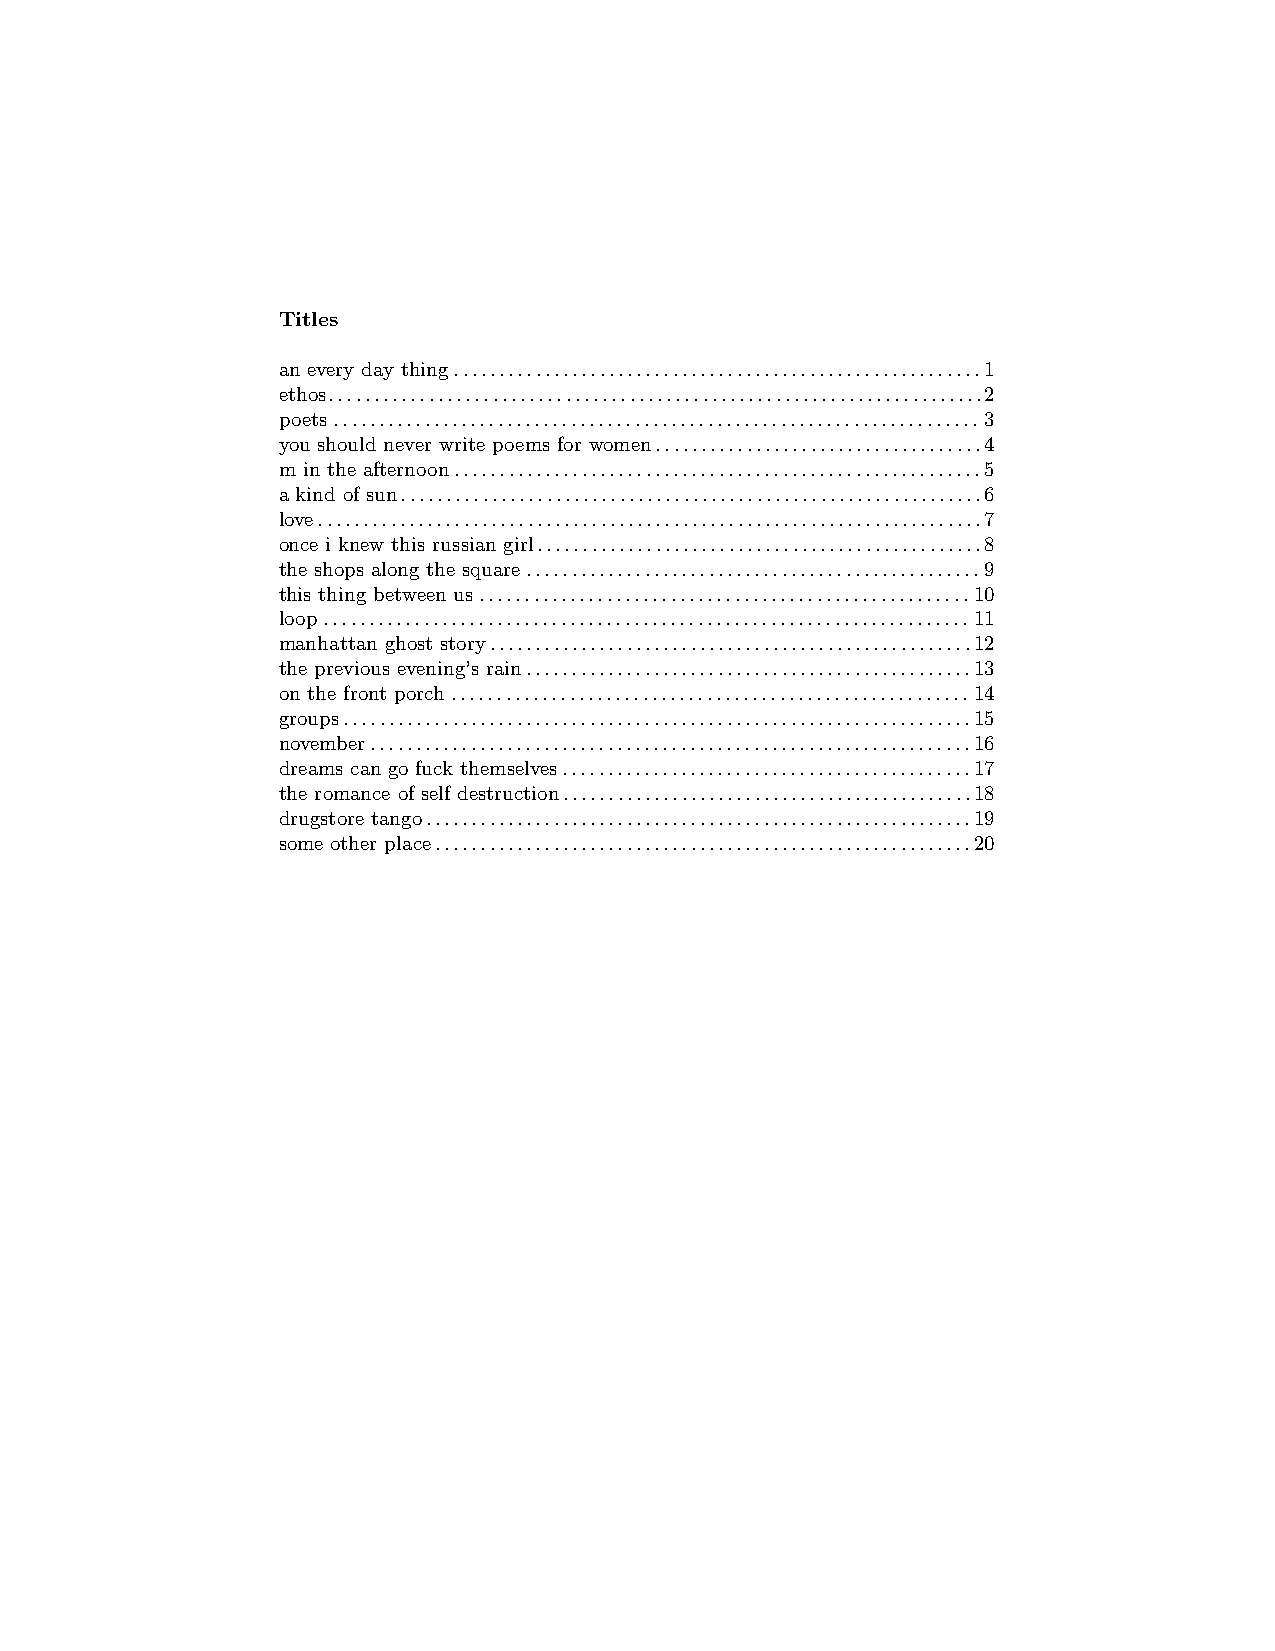
Titles
 an every day thing..........................................................1
 ethos........................................................................2
 poets.......................................................................3
 you should never write poems for women....................................4
 m in the afternoon..........................................................5
 a kind of sun................................................................6
 love.........................................................................7
 once i knew this russian girl.................................................8
 the shops along the square..................................................9
 this thing between us......................................................10
 loop.......................................................................11
 manhattan ghost story.....................................................12
 the previous evening’s rain.................................................13
 on the front porch.........................................................14
 groups.....................................................................15
 november..................................................................16
 dreams can go fuck themselves.............................................17
 the romance of self destruction.............................................18
 drugstore tango............................................................19
 some other place...........................................................20